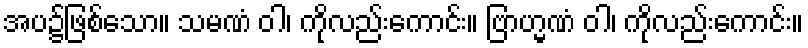
အပ၌ဖြစ်သော။ သမဏံ ဝါ၊ ကိုလည်းကောင်း။ ဗြာဟ္မဏံ ဝါ၊ ကိုလည်းကောင်း။